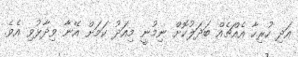
އަދި ހުރިހާ އެއްޗެއް ބަދަލުކޮށް ނިމުނީ މިއަދު ކަމަށް އޭނާ ވިދާޅުވި އެވެ.